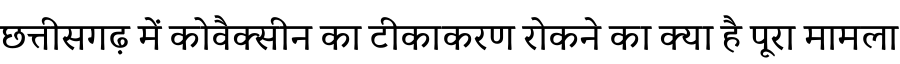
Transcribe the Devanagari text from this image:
छत्तीसगढ़ में कोवैक्सीन का टीकाकरण रोकने का क्या है पूरा मामला